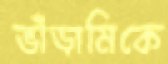
ভাঁড়ামিকে